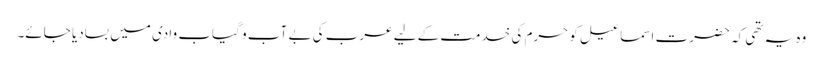
وہ یہ تھی کہ حضرت اسماعیل کو حرم کی خدمت کے لیے عرب کی بے آب و گیاب وادی میں بسادیا جائے۔